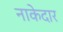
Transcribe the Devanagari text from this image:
नाकेदार